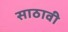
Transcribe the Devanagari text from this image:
साठावी